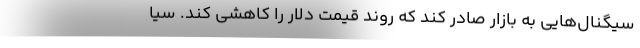
سیگنال‌هایی به بازار صادر کند که روند قیمت دلار را کاهشی کند. سیا